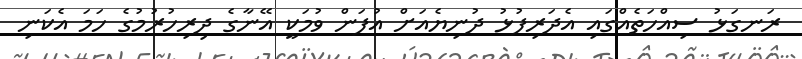
ރަނގަޅު ސިއްހަތެއްގައި އެދަރިފުޅު ދުނިޔެއަށް އުފަން ވުމަކީ އޭނާގެ ދިރިހުރުމުގެ ހަމަ އެކަނި